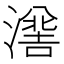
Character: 𭲯